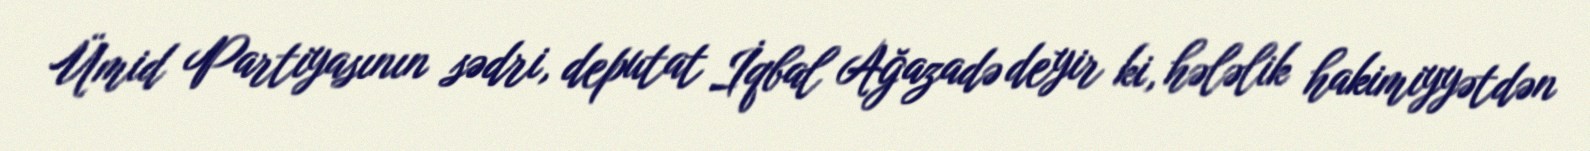
Ümid Partiyasının sədri, deputat İqbal Ağazadə deyir ki, hələlik hakimiyyətdən